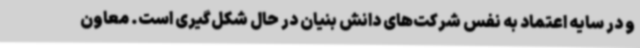
و در سایه اعتماد به نفس شرکت‌های دانش بنیان در حال شکل‌گیری است. معاون